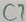
Text: C7